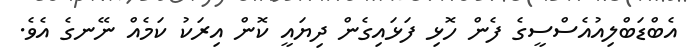
އެބްޑަބްލިއުއެސްސީގެ ފެން ހޮޅި ފަޅައިގެން ދިޔައީ ކޮން އިރަކު ކަމެއް ނޭނގެ އެވެ.